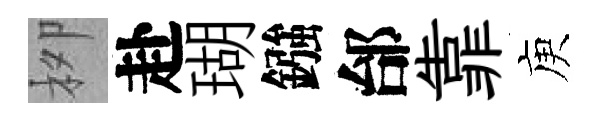
栁赴瑚鏹邰靠庾